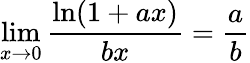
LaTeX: \operatorname*{lim}_{x\to 0}{\frac{\ln(1+ax)}{bx}}={\frac{a}{b}}